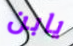
يابن